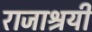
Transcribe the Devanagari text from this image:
राजाश्रयी